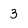
Character: 3